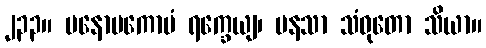
၂၃၃။ မနောပကောပံ ရက္ခေယျ၊ မနသာ သံဝုတော သိယာ။